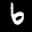
Label: 6